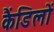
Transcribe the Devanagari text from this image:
कैंडिलों